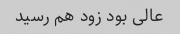
عالی بود زود هم رسید